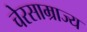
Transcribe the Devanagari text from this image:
चेरसाम्राज्य